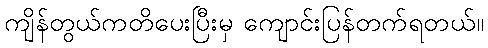
ကျိန်တွယ်ကတိပေးပြီးမှ ကျောင်းပြန်တက်ရတယ်။